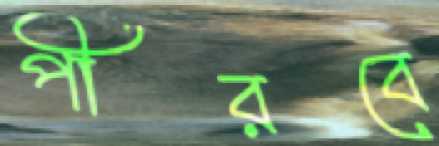
পীরবে